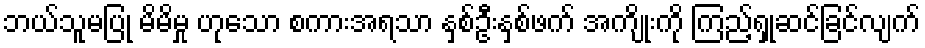
ဘယ်သူမပြု မိမိမှု ဟုသော စကားအရသာ နှစ်ဦးနှစ်ဖက် အကျိုးကို ကြည့်ရှုဆင်ခြင်လျက်